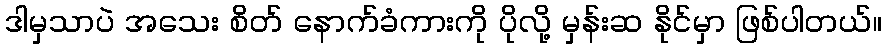
ဒါမှသာပဲ အသေး စိတ် နောက်ခံကားကို ပိုလို့ မှန်းဆ နိုင်မှာ ဖြစ်ပါတယ်။